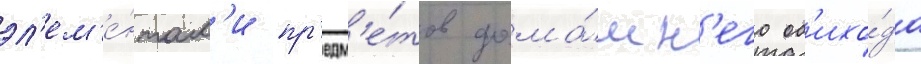
эл'ем'е́нтам'и пр'едм'е́тов дома́шн'его об'ихо́да